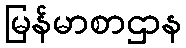
မြန်မာစာဌာန